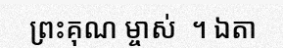
ព្រះគុណ ម្ចាស់  ។ ឯតា